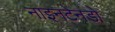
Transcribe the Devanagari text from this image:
नाइनटेनडो